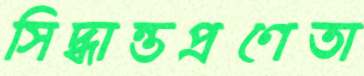
সিদ্ধান্তপ্রণেতা